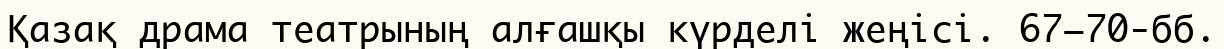
Қазақ драма театрының алғашқы күрделі жеңісі. 67−70-бб.